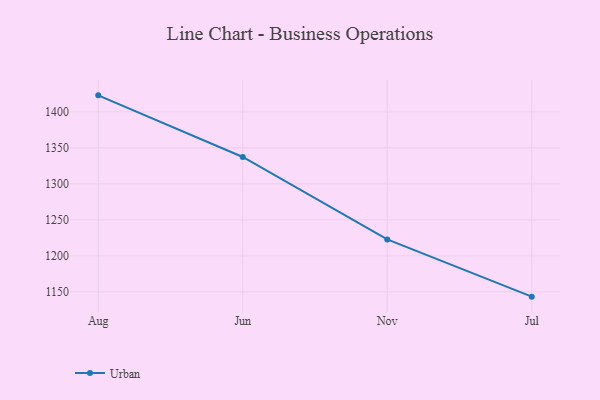
{"axis": {"x": "Month", "y": "Temperature (°C)"}, "legend": ["Urban"], "data": [{"x": "Aug", "y": 1422.9, "type": "Urban"}, {"x": "Jun", "y": 1337.3, "type": "Urban"}, {"x": "Nov", "y": 1222.8, "type": "Urban"}, {"x": "Jul", "y": 1143.4, "type": "Urban"}]}